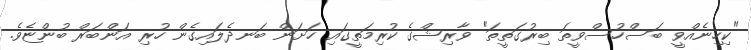
"ކިހިނެއްވީ ބަސްހުސްވީތަ ބިރުގަތީތަ" ވާރިޝްގެ ކުރިމަތީގައި ހަށަން ބަނދެލައިގެން ހުރި އަންބަރް ބުންޏެވެ.